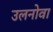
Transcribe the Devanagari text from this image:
उलनोवा